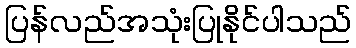
ပြန်လည်အသုံးပြုနိုင်ပါသည်